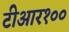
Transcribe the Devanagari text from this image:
टीआर१००